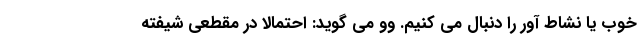
خوب یا نشاط آور را دنبال می کنیم. وو می گوید: احتمالا در مقطعی شیفته